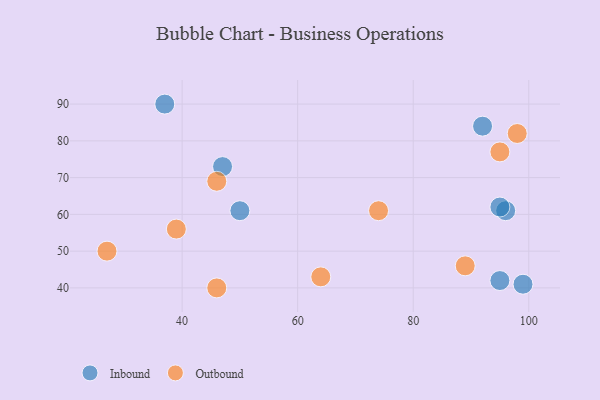
{"axis": {"x": "GDP", "y": "Life Expectancy"}, "legend": ["Inbound", "Outbound"], "data": [{"x": "92", "y": 84, "type": "Inbound"}, {"x": "37", "y": 90, "type": "Inbound"}, {"x": "47", "y": 73, "type": "Inbound"}, {"x": "95", "y": 42, "type": "Inbound"}, {"x": "50", "y": 61, "type": "Inbound"}, {"x": "96", "y": 61, "type": "Inbound"}, {"x": "95", "y": 62, "type": "Inbound"}, {"x": "99", "y": 41, "type": "Inbound"}, {"x": "89", "y": 46, "type": "Outbound"}, {"x": "64", "y": 43, "type": "Outbound"}, {"x": "27", "y": 50, "type": "Outbound"}, {"x": "46", "y": 40, "type": "Outbound"}, {"x": "74", "y": 61, "type": "Outbound"}, {"x": "46", "y": 69, "type": "Outbound"}, {"x": "39", "y": 56, "type": "Outbound"}, {"x": "95", "y": 77, "type": "Outbound"}, {"x": "98", "y": 82, "type": "Outbound"}]}